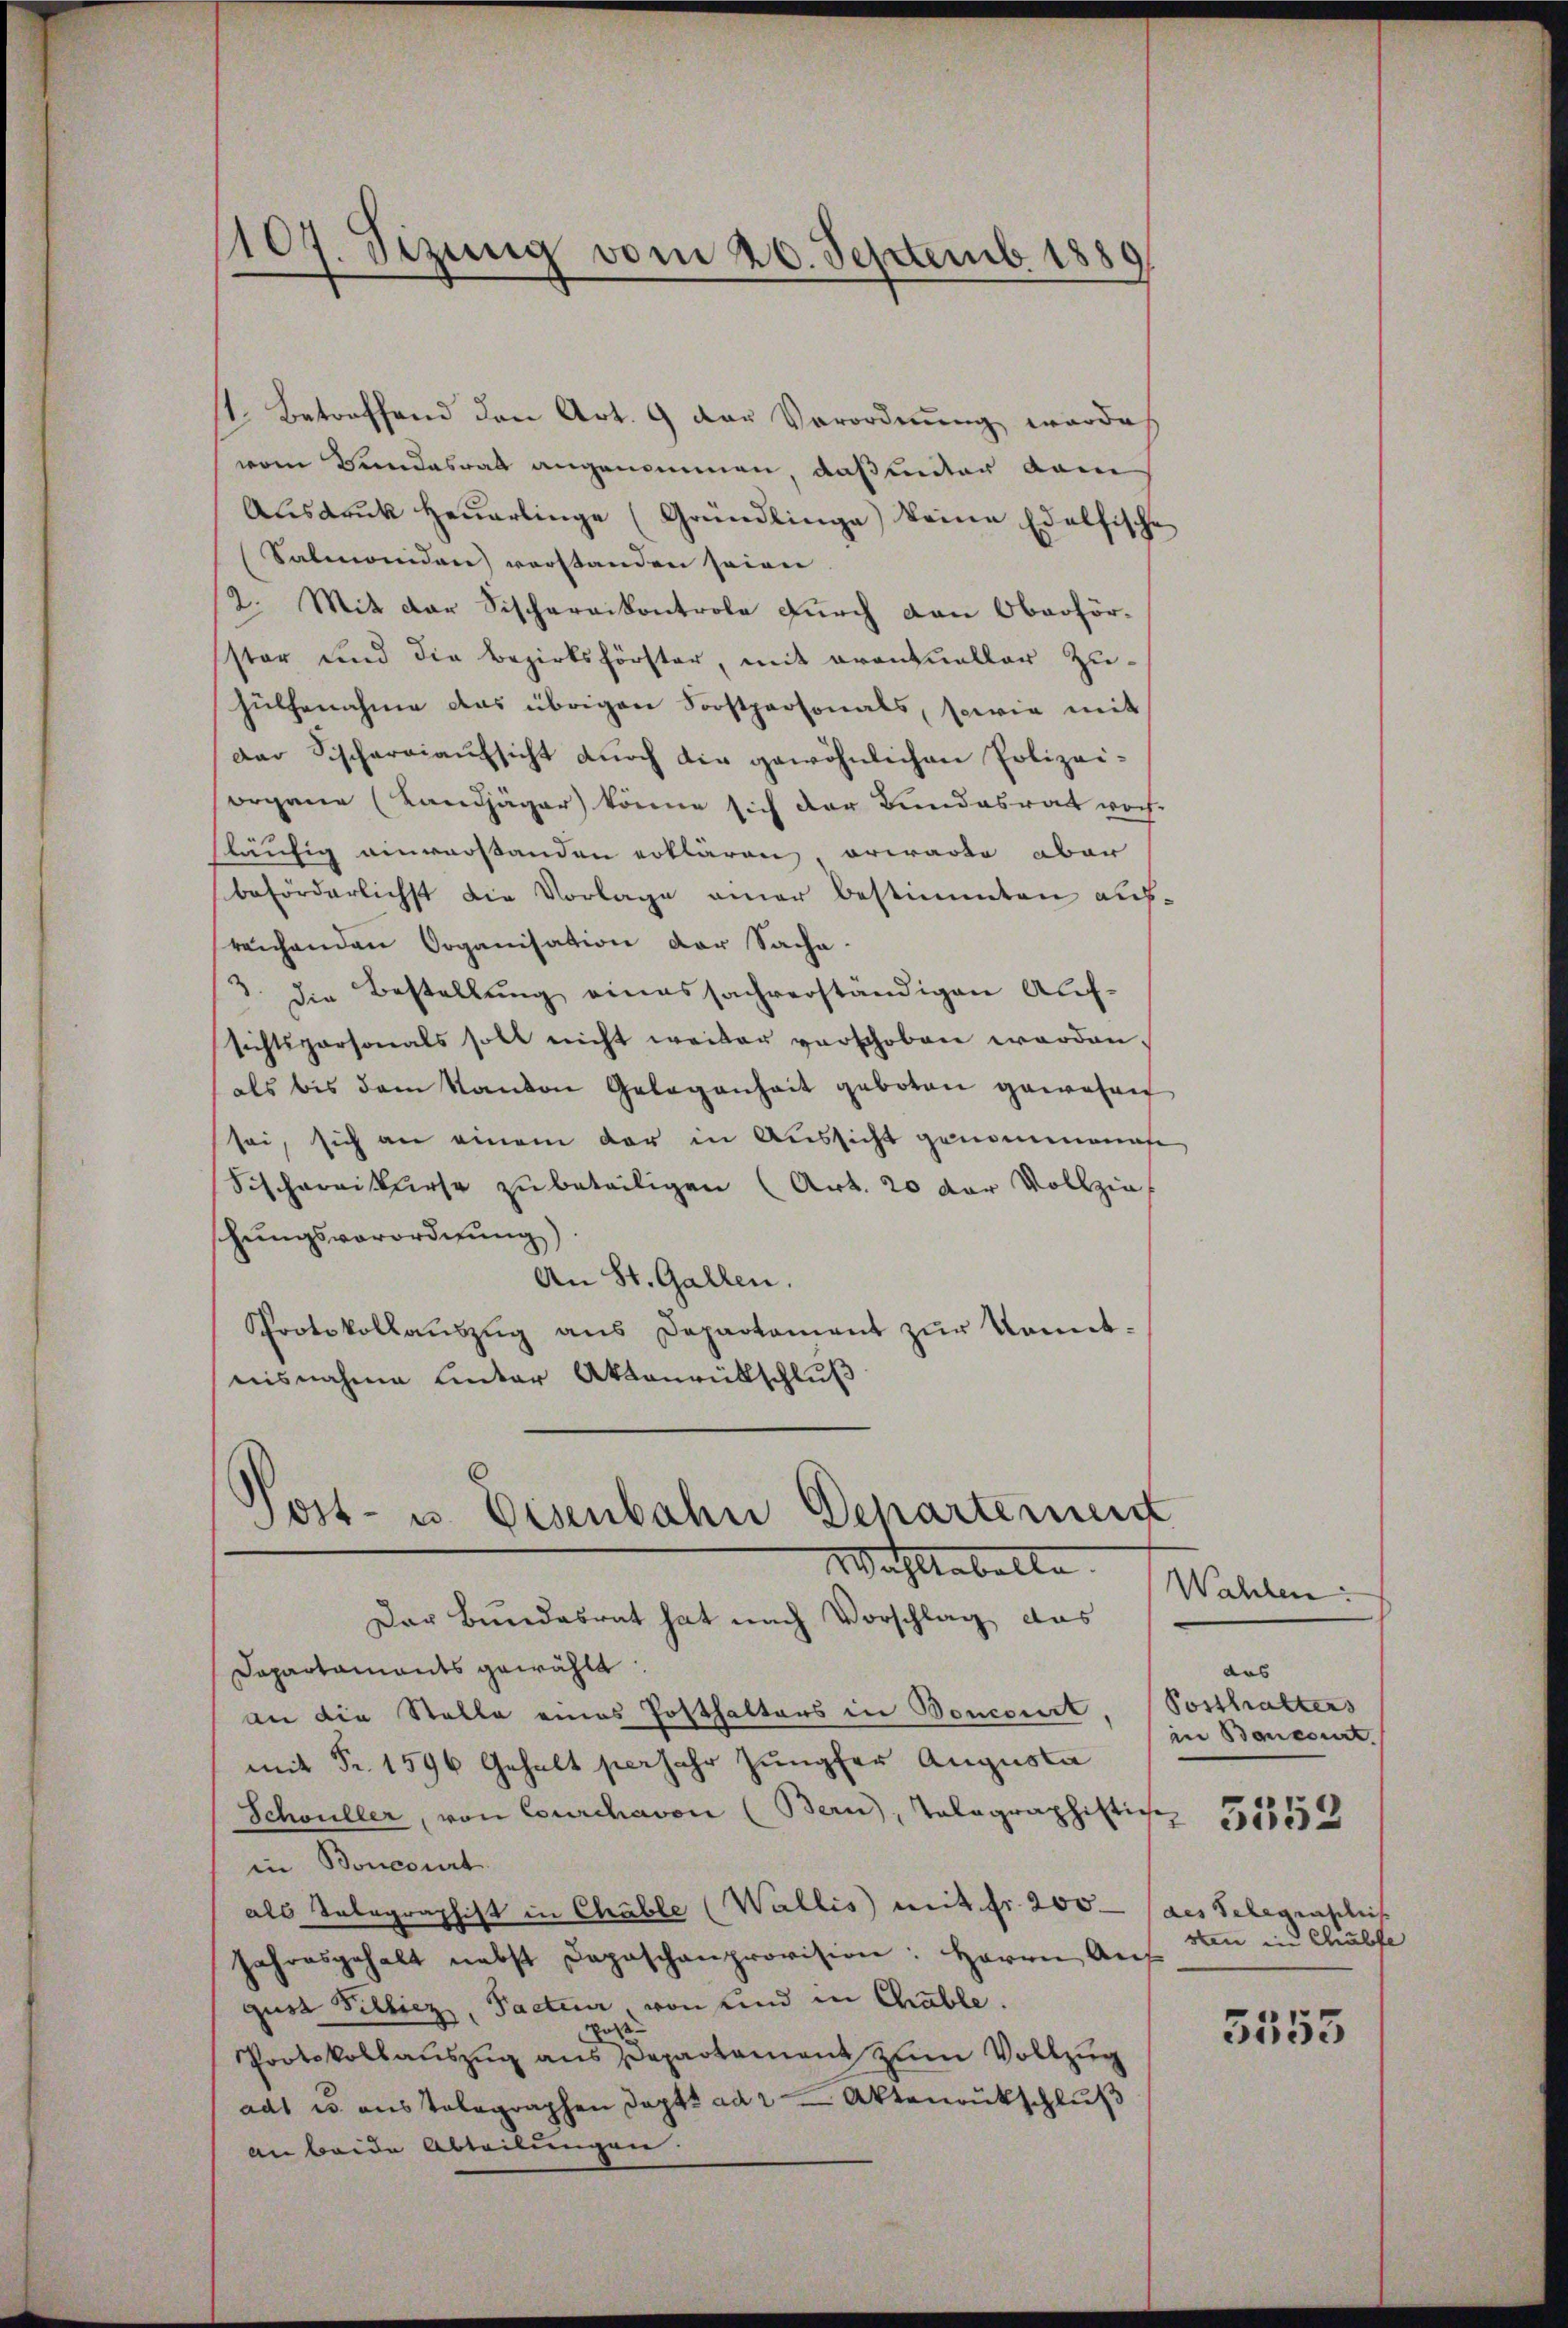
107. Sizung vom 20. Septemb. 1889
¬

1. Betreffend den Art. 9 der Verordnung, worde
vom Landesrath angenommen, daß unter dam
Aŭsdrŭk heŭerlinge (Gründlinge) keine Edelfische
Salmanidare) vorstanden seien
2. Mit der Fischarnikontrole durch den Oberförster und die Bezirksförster, mit eventueller Zuhülfenahme das übrigen Forstpersonals, sowie mit
Der Fischereiaufsicht durch die gewöhnlichen Polizei-
organe (Landjäger könne sich der Bundesrat woch-
läufig einverstanden erklären erwarte aber
beförderlichst die Vorlage einer bestimmten aufreichenden Organisation der Sache.
3. die Bestellung eines sachverständigen Aufsichtspersonals soll nicht weiter verschoben worden.
als bis dem Standon Gelegenheit geboten gewesen
sei, sich an einem der in Aussicht genommenes
Sischereikurse zu beteiligen (Art. 20 der Vollzie
schungsverordnung)
An St. Gallen.
Protokollaŭszŭg ans Departament zŭr kannt-
nisnahme unter Aktenrütschluß
Post- u. Eisenbahn Departement

Wachstabelle

Der Bundesrat hat nach Vorschlag das
Dapartaments gewählt:
an die Stelle eines Posthalters in Poncent
mit Fr. 1596 Gehalt perjahr Jungfer Augusta
Schouller, von Courchavon (Bern, Talagraphistiche
in Boncourt
als Telegraphist in Chable (Wallis mit fr. 200
Jahresgehalt nebst Depeschanprovision: Herrn Aŭf
gust Billiez, Factuar, von und in Chable.
Pos
Protokollauszug aus Departament zum Vollzug
adt es aus Telegraphen Sept. ad 2 Aktenrückschluß
an beide Abteilungen.

Wahlen:
das
Posthalters
in Bancourt.
5552
des Telegrasiliis
sten in Chülfe

3553